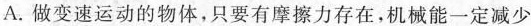
A.做变速运动的物体，只要有摩擦力存在，机械能一定减少